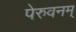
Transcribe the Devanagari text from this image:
पेरुवनम्